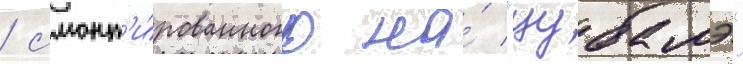
/ смонт'и́рованного на́ "цубамэ"